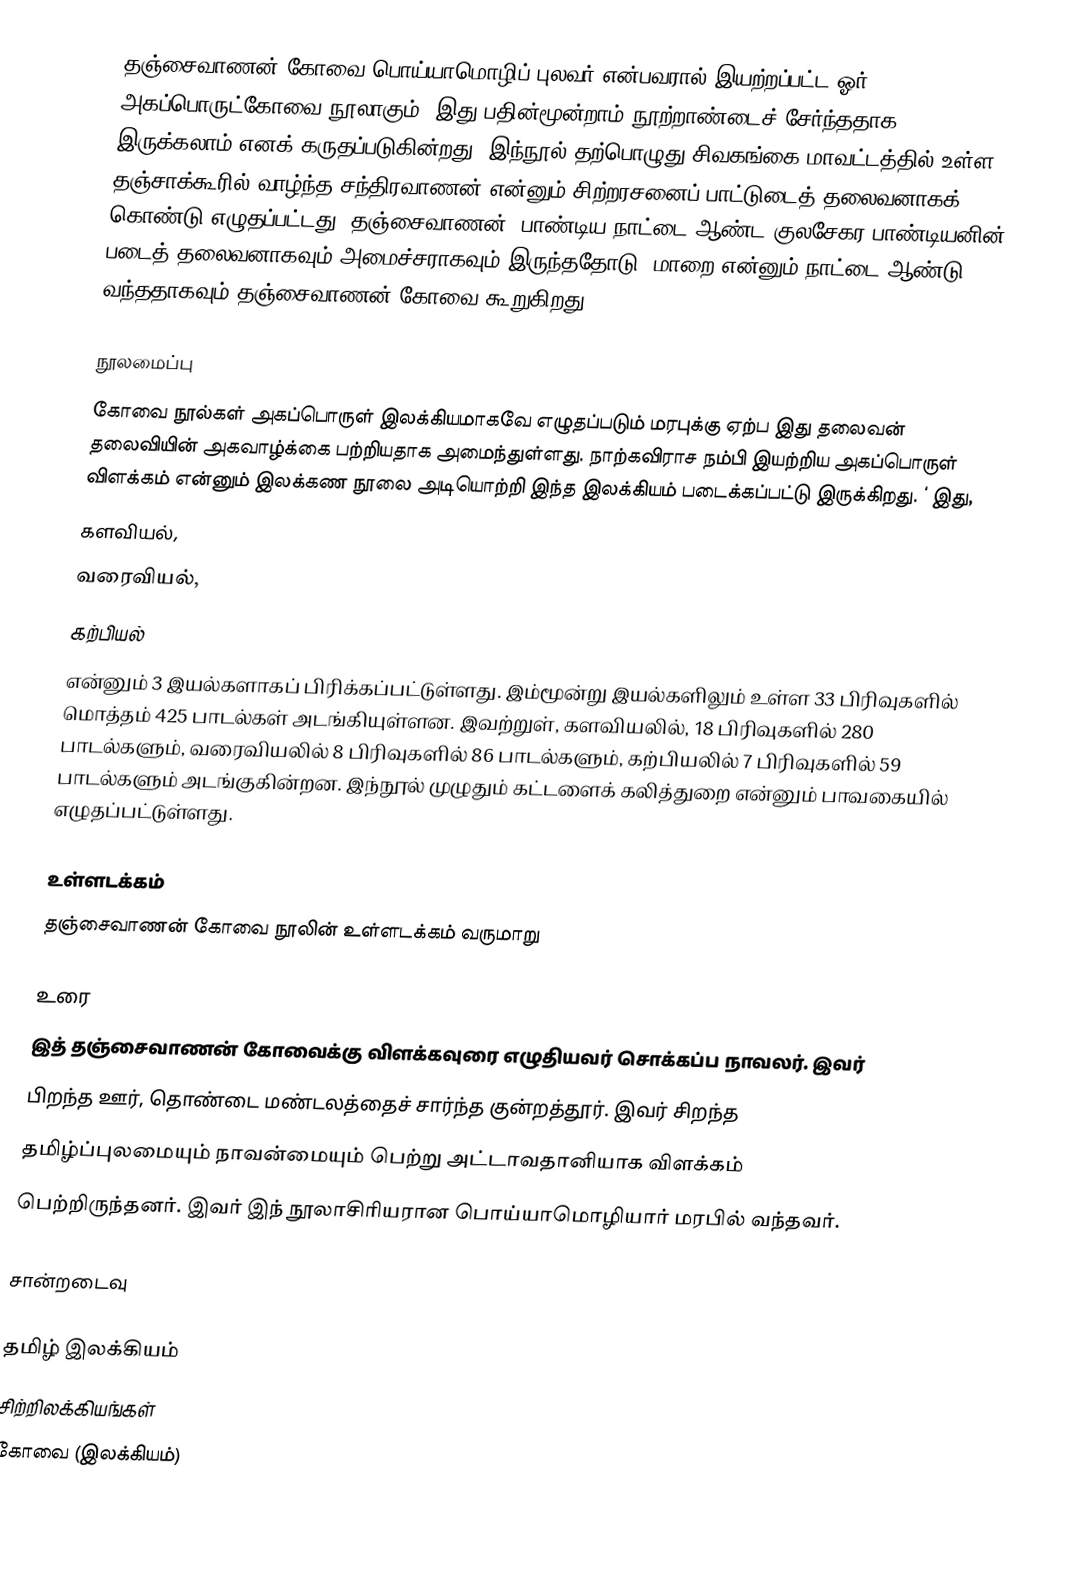
தஞ்சைவாணன் கோவை பொய்யாமொழிப் புலவர் என்பவரால் இயற்றப்பட்ட ஓர் அகப்பொருட்கோவை நூலாகும். இது பதின்மூன்றாம் நூற்றாண்டைச் சேர்ந்ததாக இருக்கலாம் எனக் கருதப்படுகின்றது. இந்நூல் தற்பொழுது சிவகங்கை மாவட்டத்தில் உள்ள தஞ்சாக்கூரில் வாழ்ந்த சந்திரவாணன் என்னும் சிற்றரசனைப் பாட்டுடைத் தலைவனாகக் கொண்டு எழுதப்பட்டது.  தஞ்சைவாணன், பாண்டிய நாட்டை ஆண்ட குலசேகர பாண்டியனின் படைத் தலைவனாகவும் அமைச்சராகவும் இருந்ததோடு, மாறை என்னும் நாட்டை ஆண்டு வந்ததாகவும் தஞ்சைவாணன் கோவை கூறுகிறது.

நூலமைப்பு
கோவை நூல்கள் அகப்பொருள் இலக்கியமாகவே எழுதப்படும் மரபுக்கு ஏற்ப இது தலைவன் தலைவியின் அகவாழ்க்கை பற்றியதாக அமைந்துள்ளது. நாற்கவிராச நம்பி  இயற்றிய அகப்பொருள் விளக்கம் என்னும் இலக்கண நூலை அடியொற்றி இந்த இலக்கியம் படைக்கப்பட்டு இருக்கிறது. ‘  இது,
 களவியல்,
 வரைவியல்,
 கற்பியல்
என்னும் 3 இயல்களாகப் பிரிக்கப்பட்டுள்ளது. இம்மூன்று இயல்களிலும் உள்ள 33 பிரிவுகளில் மொத்தம் 425 பாடல்கள் அடங்கியுள்ளன. இவற்றுள், களவியலில், 18 பிரிவுகளில் 280 பாடல்களும், வரைவியலில் 8 பிரிவுகளில் 86 பாடல்களும், கற்பியலில் 7 பிரிவுகளில் 59 பாடல்களும் அடங்குகின்றன. இந்நூல் முழுதும் கட்டளைக் கலித்துறை என்னும் பாவகையில் எழுதப்பட்டுள்ளது.

உள்ளடக்கம்
தஞ்சைவாணன் கோவை நூலின் உள்ளடக்கம் வருமாறு

உரை
இத் தஞ்சைவாணன் கோவைக்கு விளக்கவுரை எழுதியவர் சொக்கப்ப  நாவலர். இவர்
பிறந்த ஊர்,  தொண்டை  மண்டலத்தைச்  சார்ந்த  குன்றத்தூர்.   இவர் சிறந்த
தமிழ்ப்புலமையும்     நாவன்மையும்   பெற்று   அட்டாவதானியாக   விளக்கம்
பெற்றிருந்தனர். இவர் இந் நூலாசிரியரான பொய்யாமொழியார் மரபில்  வந்தவர்.

சான்றடைவு

தமிழ் இலக்கியம்
சிற்றிலக்கியங்கள்
கோவை (இலக்கியம்)